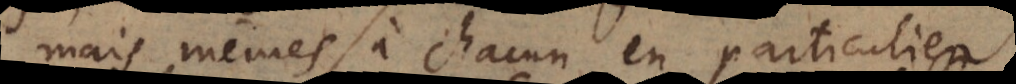
mais mêmes à chacun en particulier